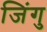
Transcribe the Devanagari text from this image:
जिंगु